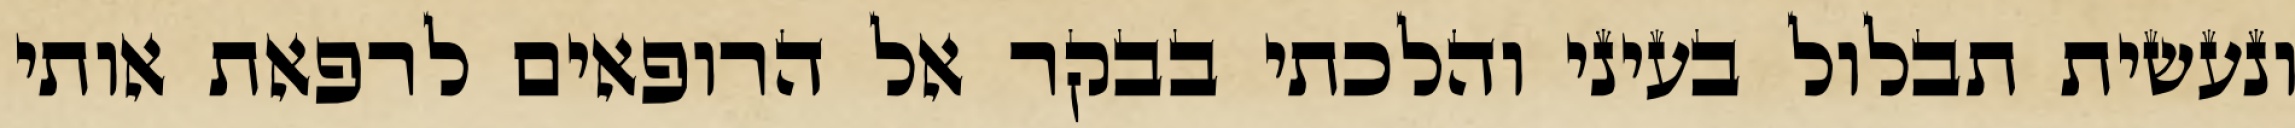
ונעשית תבלול בעיני והלכתי בבקר אל הרופאים לרפאת אותי